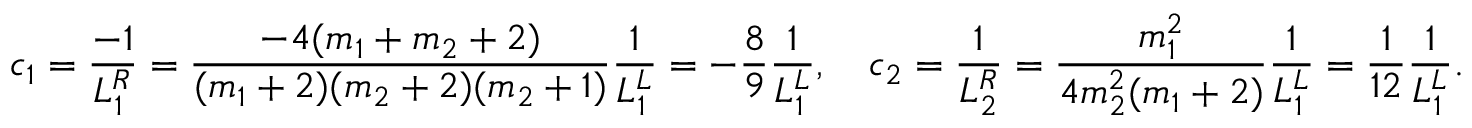
c _ { 1 } = \frac { - 1 } { L _ { 1 } ^ { R } } = \frac { - 4 ( m _ { 1 } + m _ { 2 } + 2 ) } { ( m _ { 1 } + 2 ) ( m _ { 2 } + 2 ) ( m _ { 2 } + 1 ) } \frac { 1 } { L _ { 1 } ^ { L } } = - \frac { 8 } { 9 } \frac { 1 } { L _ { 1 } ^ { L } } , \quad c _ { 2 } = \frac { 1 } { L _ { 2 } ^ { R } } = \frac { m _ { 1 } ^ { 2 } } { 4 m _ { 2 } ^ { 2 } ( m _ { 1 } + 2 ) } \frac { 1 } { L _ { 1 } ^ { L } } = \frac { 1 } { 1 2 } \frac { 1 } { L _ { 1 } ^ { L } } .